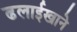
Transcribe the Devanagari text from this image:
ढलाईखाने